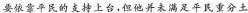
要依靠平民的支持上台，但他并未满足平民重分土